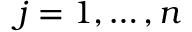
j = 1 , \dots , n